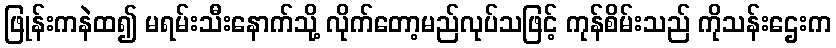
ဖြုန်းကနဲထ၍ မရမ်းသီးနောက်သို့ လိုက်တော့မည်လုပ်သဖြင့် ကုန်စိမ်းသည် ကိုသန်းဌေးက